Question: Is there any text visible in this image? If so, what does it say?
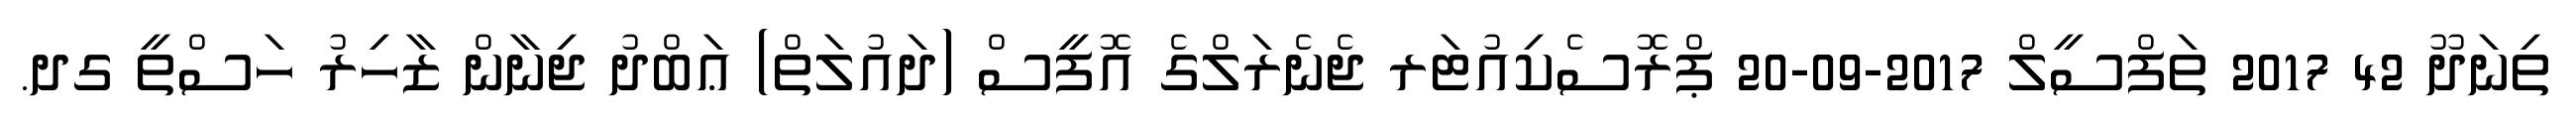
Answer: ތިނަދޫ 42 2017 ތަފްސީލް 2017-09-20 ޕްރޮސެކިއުޓަރ ޖެނެރަލްގެ އޮފީސް (ދައުލަތް) ޢަބްދު ޖިނާން ޒާހިރު ހަސްތީ ގދ.